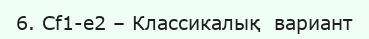
6. Cf1-e2 – Классикалық  вариант